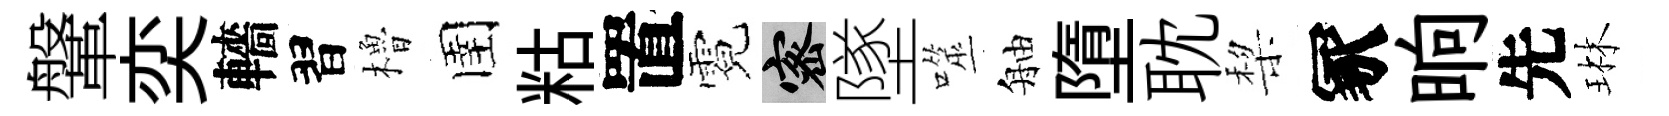
鞶奕轖習櫓圉䊀置霓密墜噬舳墮耽棃冢晌先琳